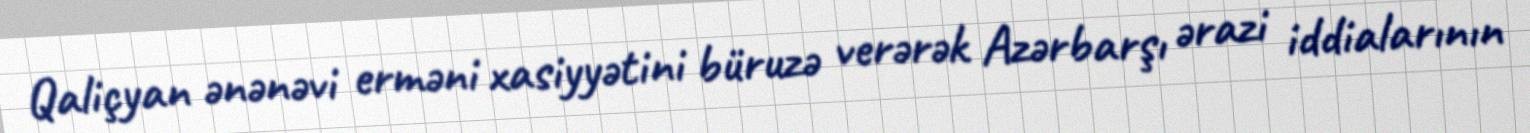
Qaliçyan ənənəvi erməni xasiyyətini büruzə verərək Azərbarşı ərazi iddialarının